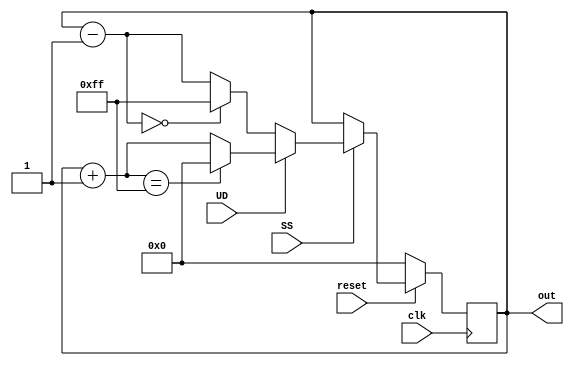
module dem_8bit(clk,reset,UD,SS,out);
input clk,reset,UD,SS;
output reg[7:0] out;
initial
	begin
	out <= 8'h00;
	end
always@(posedge clk)
if(reset == 0)
out = 8'h00;
else
	begin
		if(SS==1)
		begin
			if(UD == 1)
			begin
				out = out + 1;
				if(out == 8'hff)
				out =8'h00;
			end
			
			else if(UD==0)
			begin
				out= out - 1;
				if (out == 8'h00)
				out = 8'hff;
			end
			
		end
		else if (SS == 0)
			out = out;
	end
endmodule